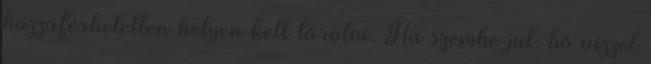
hozzáférhetetlen helyen kell tárolni. Ha szembe jut, bő vízzel